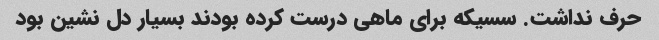
حرف نداشت. سسیکه برای ماهی درست کرده بودند بسیار دل نشین بود